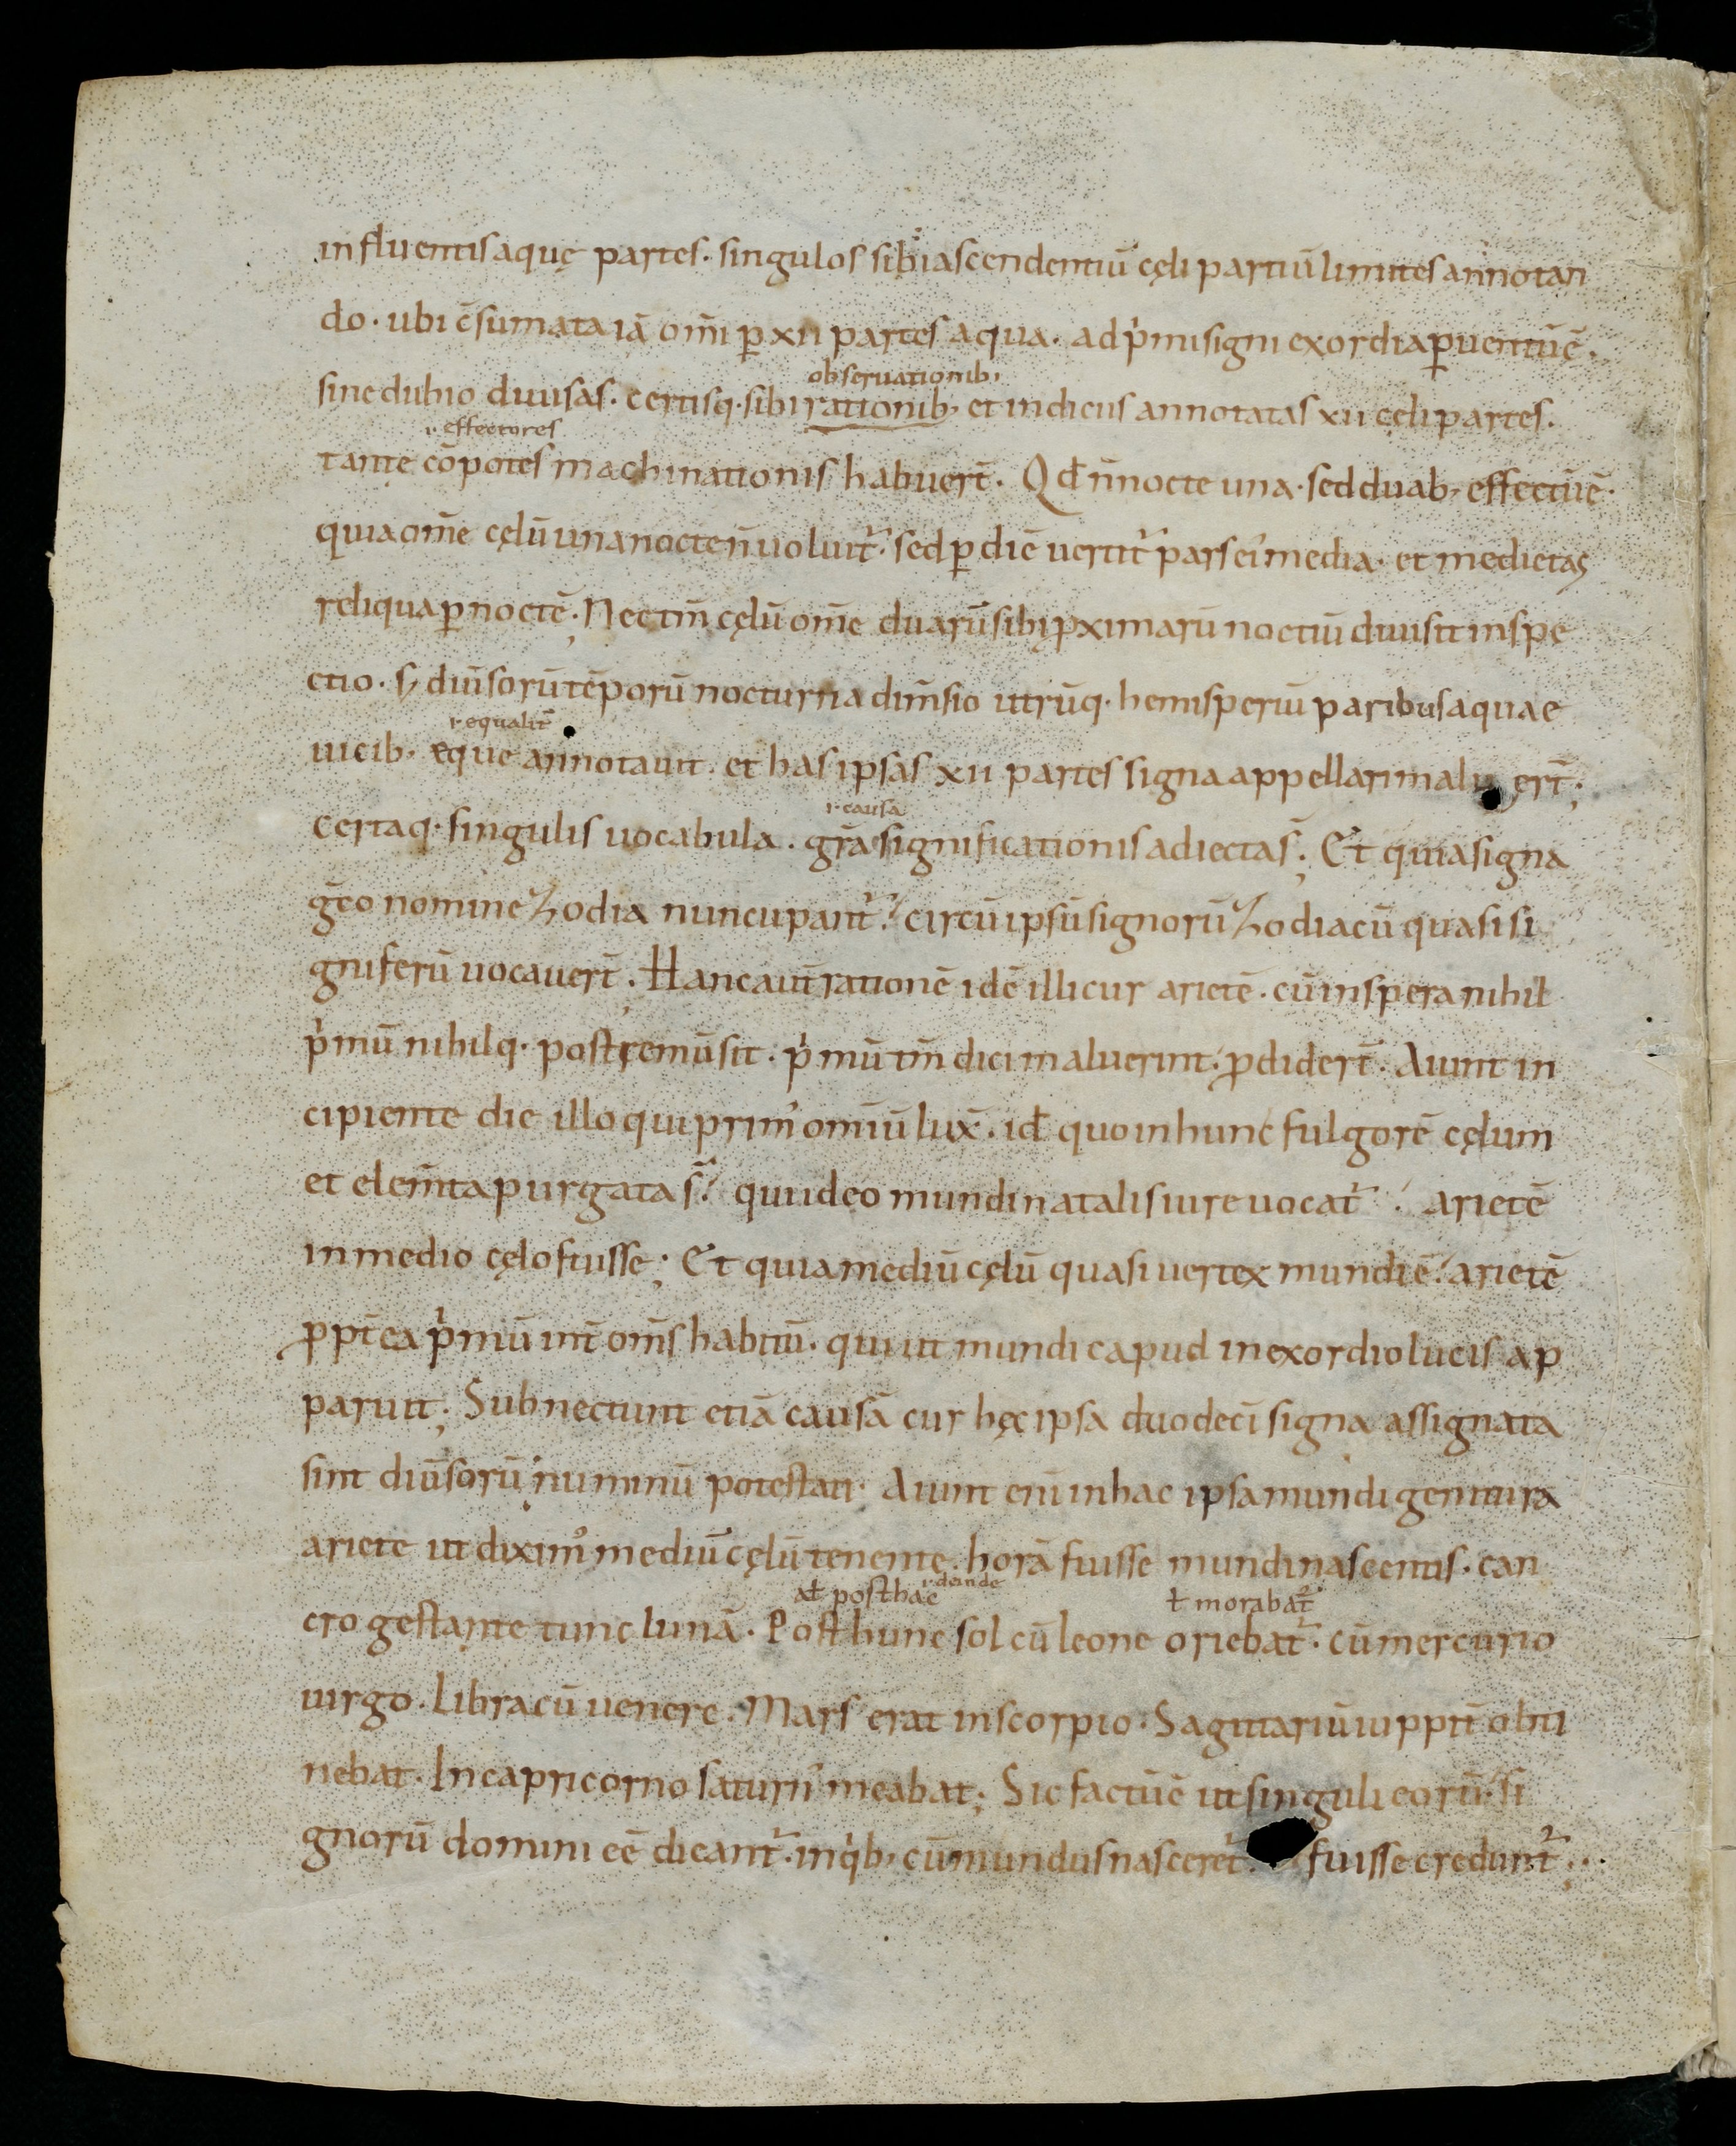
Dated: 965–975